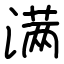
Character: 满